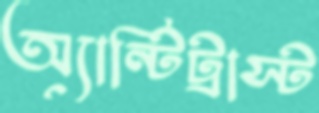
অ্যান্টিট্রাস্ট